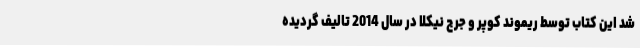
شد این کتاب توسط ریموند کوپر و جرج نیکلا در سال 2014 تالیف گردیده